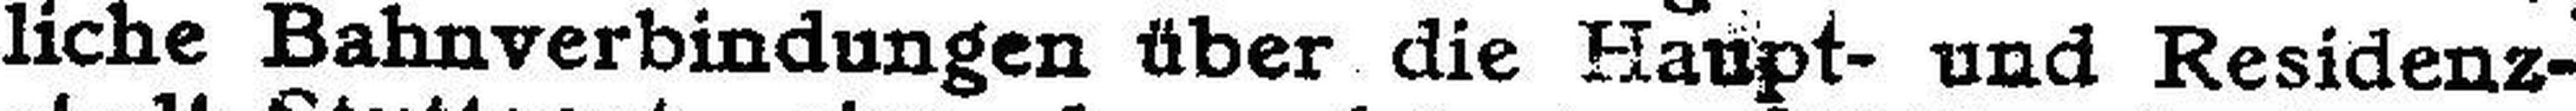
liche Bahnverbindungen über die Haupt- und Residenz¬